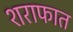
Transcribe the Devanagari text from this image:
शराफात